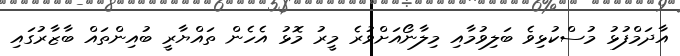
އާދަމްފުޅު މުސްކުޅިވެ ބަލިވުމާއި މިލާނޯއަށްވުރެ މީރު މޮޅު އެހެން ތައްޔާރީ ބުއިންތައް ބާޒާރުގައި